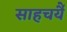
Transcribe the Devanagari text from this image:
साहचर्यै